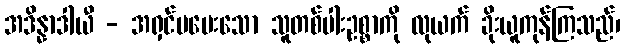
အဒိန္နာဒါယီ - အရှင်မပေးသော သူတစ်ပါးဥစ္စာကို လုယက် ခိုးယူကုန်ကြသည်၊